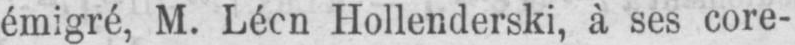
Hollenderski, à ses core-